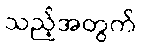
သည့်အတွက်